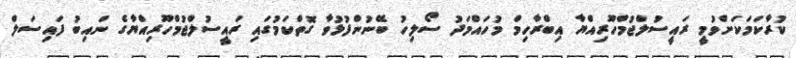
ކުރާކަމަކަށްވުމީ ރައީސުލްޖުމްހޫރިއްޔާ އިބްރާހިމް މުހައްމަދު ސޯލިހު ބޭނުންފުޅުވާ ގޮތްކަމުގައި ރައީސުލްޖުމްހޫރިއްޔާގެ ނައިބު ފައިސަލް